Indian journal of veterinary science and animal husbandry - Volume 14,
Year: 1944
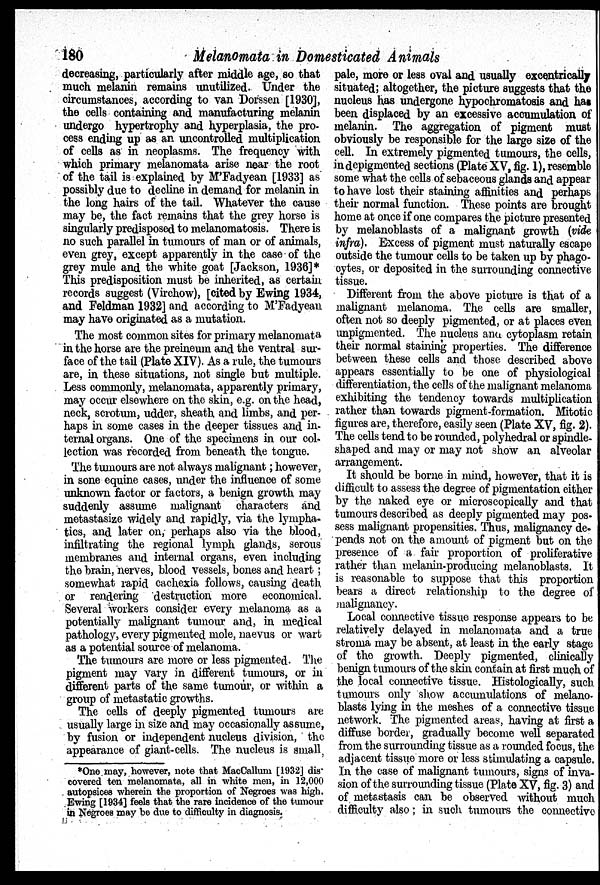
180
Melanomata in Domesticated Animals
decreasing, particularly after middle age, so that
much melanin remains unutilized. Under the
circumstances, according to van Dorssen [1930],
the cells containing and manufacturing melanin
undergo hypertrophy and hyperplasia, the pro-
cess ending up as an uncontrolled multiplication
of cells as in neoplasms. The frequency with
which primary melanomata arise near the root
of the tail is explained by M'Fadyean [1933] as
possibly due to decline in demand for melanin in
the long hairs of the tail. Whatever the cause
may be, the fact remains that the grey horse is
singularly predisposed to melanomatosis. There is
no such parallel in tumours of man or of animals,
even grey, except apparently in the case of the
grey mule and the white goat [Jackson, 1936]*
This predisposition must be inherited, as certain
records suggest (Virchow), [cited by Ewing 1934,
and Feldman 1932] and according to M'Fadyean
may have originated as a mutation.
The most common sites for primary melanomata
in the horse are the preineum and the ventral sur-
face of the tail (Plate XIV). As a rule, the tumours
are, in these situations, not single but multiple.
Less commonly, melanomata, apparently primary,
may occur elsewhere on the skin, e.g. on the head,
neck, scrotum, udder, sheath and limbs, and per-
haps in some cases in the deeper tissues and in-
ternal organs. One of the specimens in our col-
lection was recorded from beneath the tongue.
The tumours are not always malignant; however,
in sone equine cases, under the influence of some
unknown factor or factors, a benign growth may
suddenly assume malignant characters and
metastasize widely and rapidly, via the lympha-
tics, and later on, perhaps also via the blood,
infiltrating the regional lymph glands, serous
membranes and internal organs, even including
the brain, nerves, blood vessels, bones and heart;
somewhat rapid cachexia follows, causing death
or rendering destruction more economical.
Several workers consider every melanoma as a
potentially malignant tumour and, in medical
pathology, every pigmented mole, naevus or wart
as a potential source of melanoma.
The tumours are more or less pigmented. The
pigment may vary in different tumours, or in
different parts of the same tumour, or within a
group of metastatic growths.
The cells of deeply pigmented tumours are
usually large in size and may occasionally assume,
by fusion or independent nucleus division, the
appearance of giant-cells. The nucleus is small
pale, more or less oval and usually excentrically
situated; altogether, the picture suggests that the
nucleus has undergone hypochromatosis and has
been displaced by an excessive accumulation of
melanin. The aggregation of pigment must
obviously be responsible for the large size of the
cell. In extremely pigmented tumours, the cells,
in depigmented sections (Plate XV, fig. 1), resemble
some what the cells of sebaceous glands and appear
to have lost their staining affinities and perhaps
their normal function. These points are brought
home at once if one compares the picture presented
by melanoblasts of a malignant growth (vide
infra). Excess of pigment must naturally escape
outside the tumour cells to be taken up by phago-
cytes, or deposited in the surrounding connective
tissue.
Different from the above picture is that of a
malignant melanoma. The cells are smaller,
often not so deeply pigmented, or at places even
unpigmented. The nucleus and cytoplasm retain
their normal staining properties. The difference
between these cells and those described above
appears essentially to be one of physiological
differentiation, the cells of the malignant melanoma
exhibiting the tendency towards multiplication
rather than towards pigment-formation. Mitotic
figures are, therefore, easily seen (Plate XV, fig. 2).
The cells tend to be rounded, polyhedral or spindle-
shaped and may or may not show an alveolar
arrangement.
It should be borne in mind, however, that it is
difficult to assess the degree of pigmentation either
by the naked eye or microscopically and that
tumours described as deeply pigmented may pos-
sess malignant propensities. Thus, malignancy de-
pends not on the amount of pigment but on the
presence of a fair proportion of proliferative
rather than melanin-producing melanoblasts. It
is reasonable to suppose that this proportion
bears a direct relationship to the degree of
malignancy.
Local connective tissue response appears to be
relatively delayed in melanomata and a true
stroma may be absent, at least in the early stage
of the growth. Deeply pigmented, clinically
benign tumours of the skin contain at first much of
the local connective tissue. Histologically, such
tumours only show accumulations of melano-
blasts lying in the meshes of a connective tissue
network. The pigmented areas, having at first a
diffuse border, gradually become well separated
from the surrounding tissue as a rounded focus, the
adjacent tissue more or less stimulating a capsule.
In the case of malignant tumours, signs of inva-
sion of the surrounding tissue (Plate XV, fig. 3) and
of metastasis can be observed without much
difficulty also; in such tumours the connective
*One may, however, note that MacCallum [1932] dis-
covered ten melanomata, all in white men, in 12,000
autopsices wherein the proportion of Negroes was high.
Ewing [1934] feels that the rare incidence of the tumour
in Negroes may be due to difficulty in diagnosis.